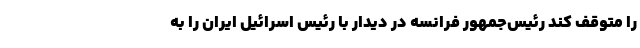
را متوقف کند رئیس‌جمهور فرانسه در دیدار با رئیس اسرائیل ایران را به